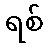
ရစ်